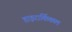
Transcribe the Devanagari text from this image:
हाइरार्किकल